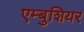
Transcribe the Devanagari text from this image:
एम्बुशियर